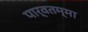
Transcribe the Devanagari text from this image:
पार्वतम्मा